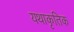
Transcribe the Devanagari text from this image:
यथाकृतिक